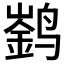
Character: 𮹚